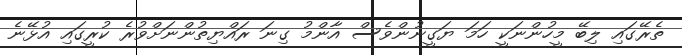
ތެރޭގައި ލިބޭ މީހުންނަކީ ހަމަ ޔަގީނުންވެސް އާންމު ގިނަ ރައްޔިތުންނަށްވުރެ ކުރީގައި އުޅޭނެ